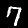
Digit: 7